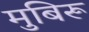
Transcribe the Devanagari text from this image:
मुबिरू